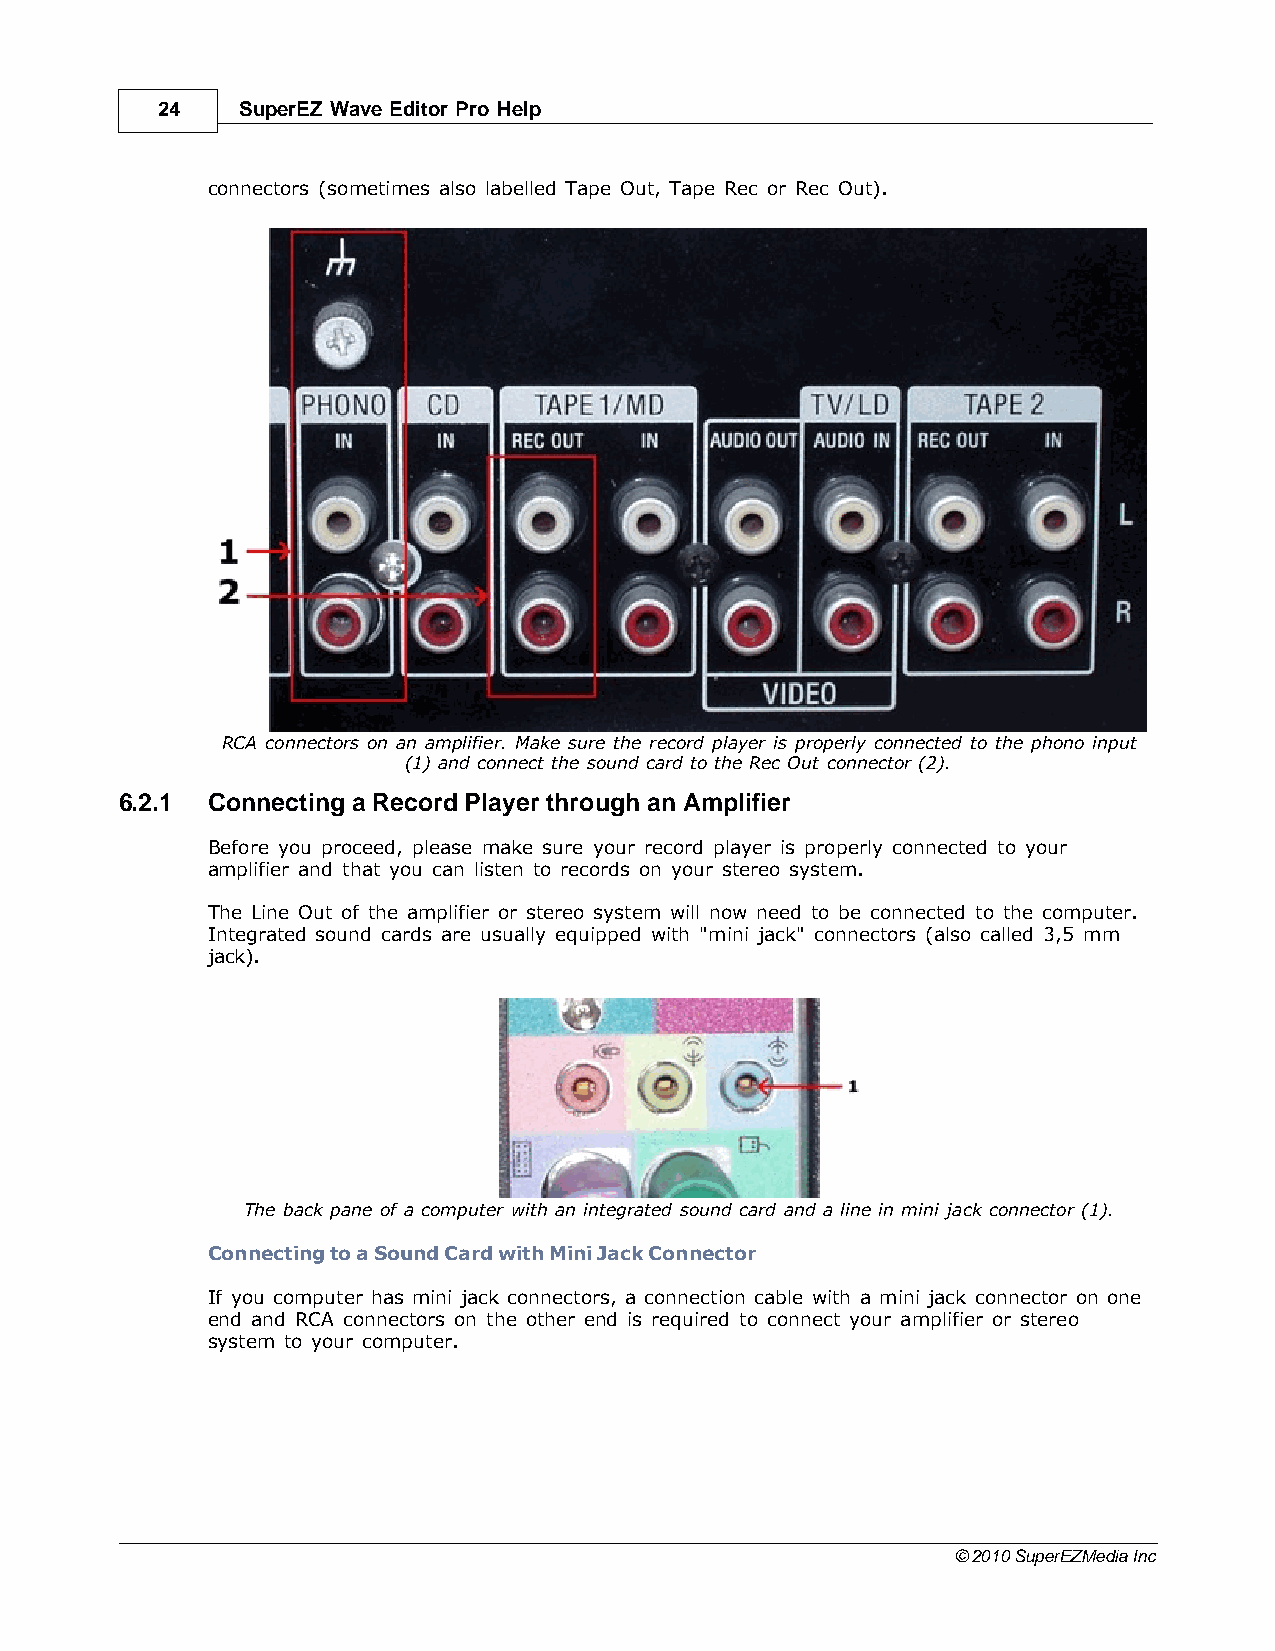
24    SuperEZ Wave Editor Pro Help
 connectors (sometimes also labelled Tape Out, Tape Rec or Rec Out).
 RCA connectors on an amplifier. Make sure the record player is properly connected to the phono input
 (1) and connect the sound card to the Rec Out connector (2).
 6.2.1 Connecting a Record Player through an Amplifier
 Before you proceed, please make sure your record player is properly connected to your
 amplifier and that you can listen to records on your stereo system.
 The Line Out of the amplifier or stereo system will now need to be connected to the computer.
 Integrated sound cards are usually equipped with "mini jack" connectors (also called 3,5 mm
 jack).
 The back pane of a computer with an integrated sound card and a line in mini jack connector (1).
 Connecting to a Sound Card with Mini Jack Connector
 If you computer has mini jack connectors, a connection cable with a mini jack connector on one
 end and RCA connectors on the other end is required to connect your amplifier or stereo
 system to your computer.
 © 2010 SuperEZMedia Inc